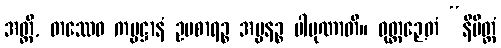
အတ္ထိ, တဿေဝ ကမ္မဋ္ဌာနံ ဥပစာရဉ္စ အပ္ပနဉ္စ ပါပုဏာတိ။ ဝုတ္တဉှေတံ “နိမိတ္တံ